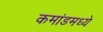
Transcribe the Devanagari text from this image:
कमांडमध्ये